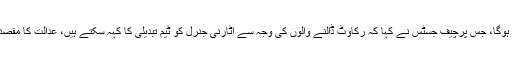
آڈیٹرجنرل نے عدالت میں بیان میں کہا کہ کام کرنے دیا گیا تو کام ہوگا، جس پرچیف جسٹس نے کہا کہ رکاوٹ ڈالنے والوں کی وجہ سے اٹارنی جنرل کو ٹیم تبدیلی کا کہہ سکتے ہیں، عدالت کا مقصد کسی کو نشانہ بنانا نہیں، عدالت قومی ادارے کی بحالی چاہتی ہے۔